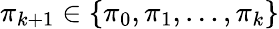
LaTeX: \pi_{k+1}\in\{ \pi_{0},\pi_{1},\ldots,\pi_{k}\}